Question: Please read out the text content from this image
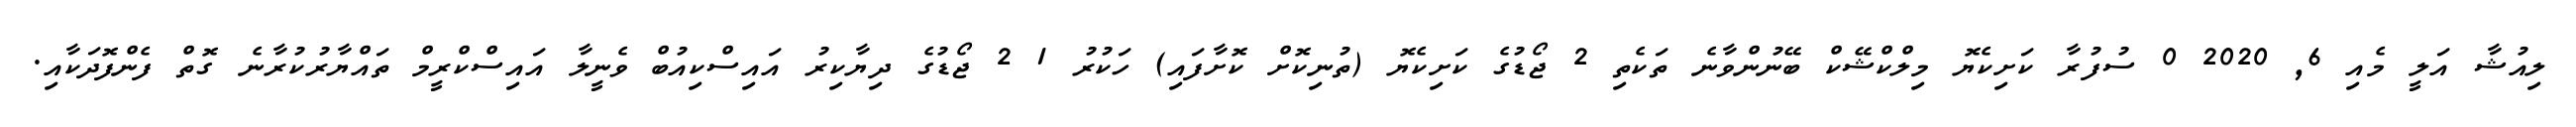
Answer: ލިއުޝާ އަލީ މެއި 6, 2020 0 ސުފުރާ ކަށިކެޔޮ މިލްކްޝޭކް ބޭނުންވާނެ ތަކެތި 2 ޖޯޑުގެ ކަށިކެޔޮ (ތުނިކޮށް ކޮށާފައި) ހަކުރު 1 2 ޖޯޑުގެ ދިޔާކިރު އައިސްކިއުބް ވެނީލާ އައިސްކްރީމް ތައްޔާރުކުރާނެ ގޮތް ފެންފޮދަކާއި.